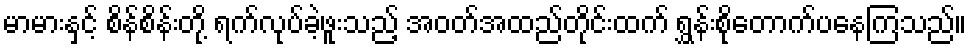
မာမားနှင့် စိန်စိန်းတို့ ရက်လုပ်ခဲ့ဖူးသည့် အဝတ်အထည်တိုင်းထက် ရွှန်းစိုတောက်ပနေကြသည်။